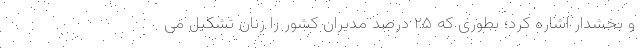
و بخشدار اشاره کرد؛ بطوری که ۲۵ درصد مدیران کشور را زنان تشکیل می